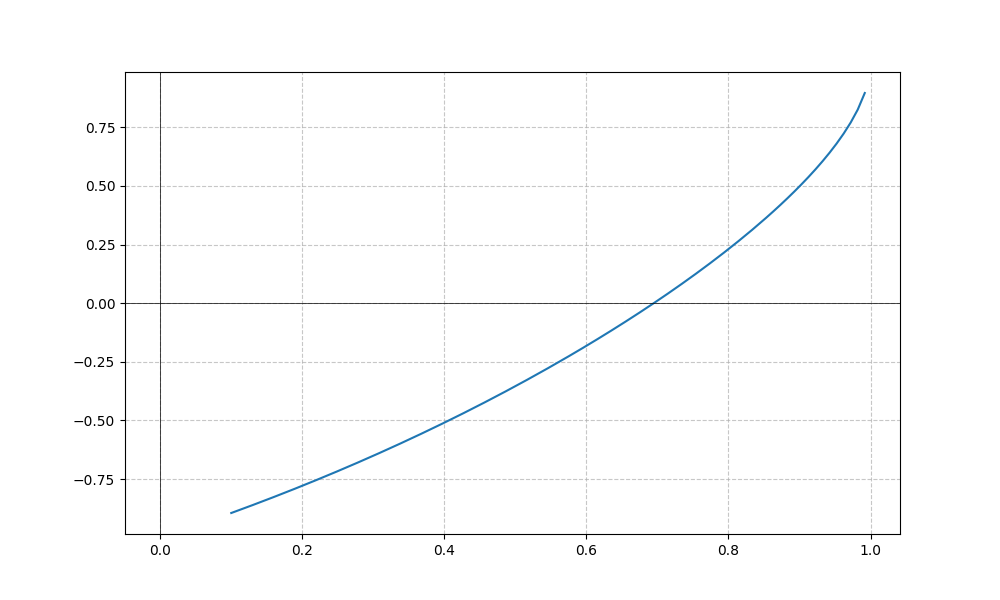
LaTeX formula: - \cos{\left(x \right)} + \operatorname{asin}{\left(x \right)}